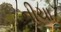
નીચા